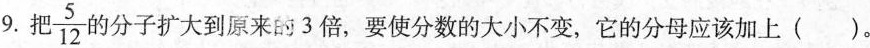
9. 巴\frac{5}{12}分子扩大到原来的3倍，要使分数的大小不变，它的分母应该加上()。